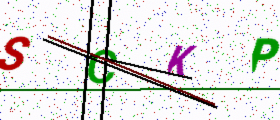
Text: SCKP